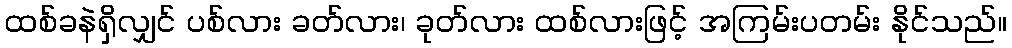
ထစ်ခနဲရှိလျှင် ပစ်လား ခတ်လား၊ ခုတ်လား ထစ်လားဖြင့် အကြမ်းပတမ်း နိုင်သည်။